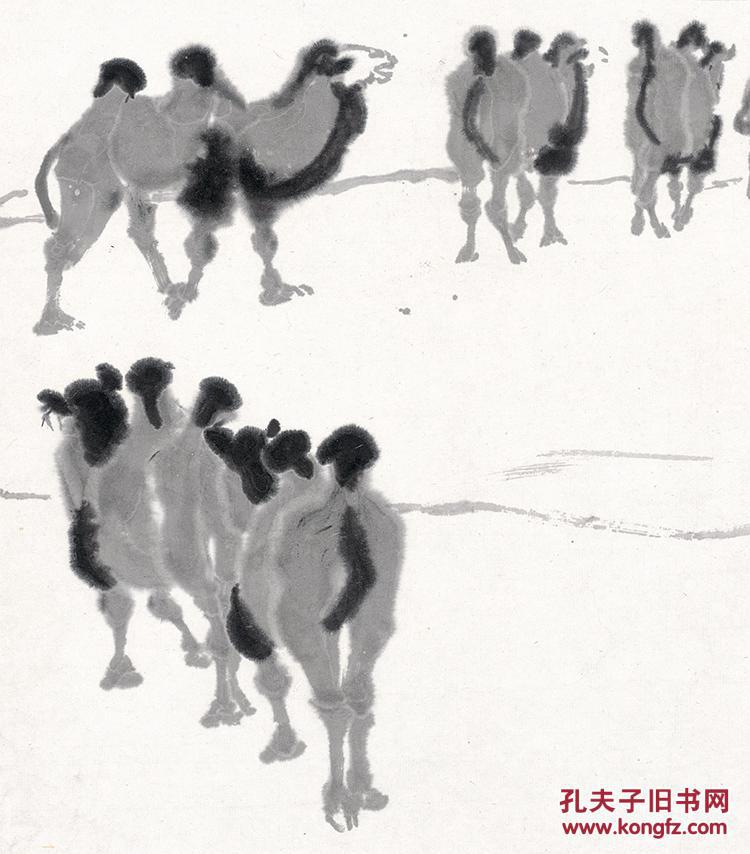
起望衣冠神州路，白日销残战骨。